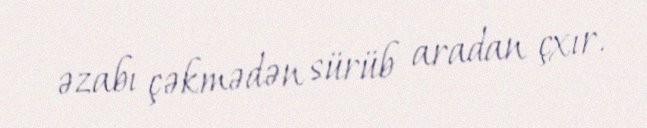
əzabı çəkmədən sürüb aradan çxır.